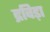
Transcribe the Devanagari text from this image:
द्रविड़ा